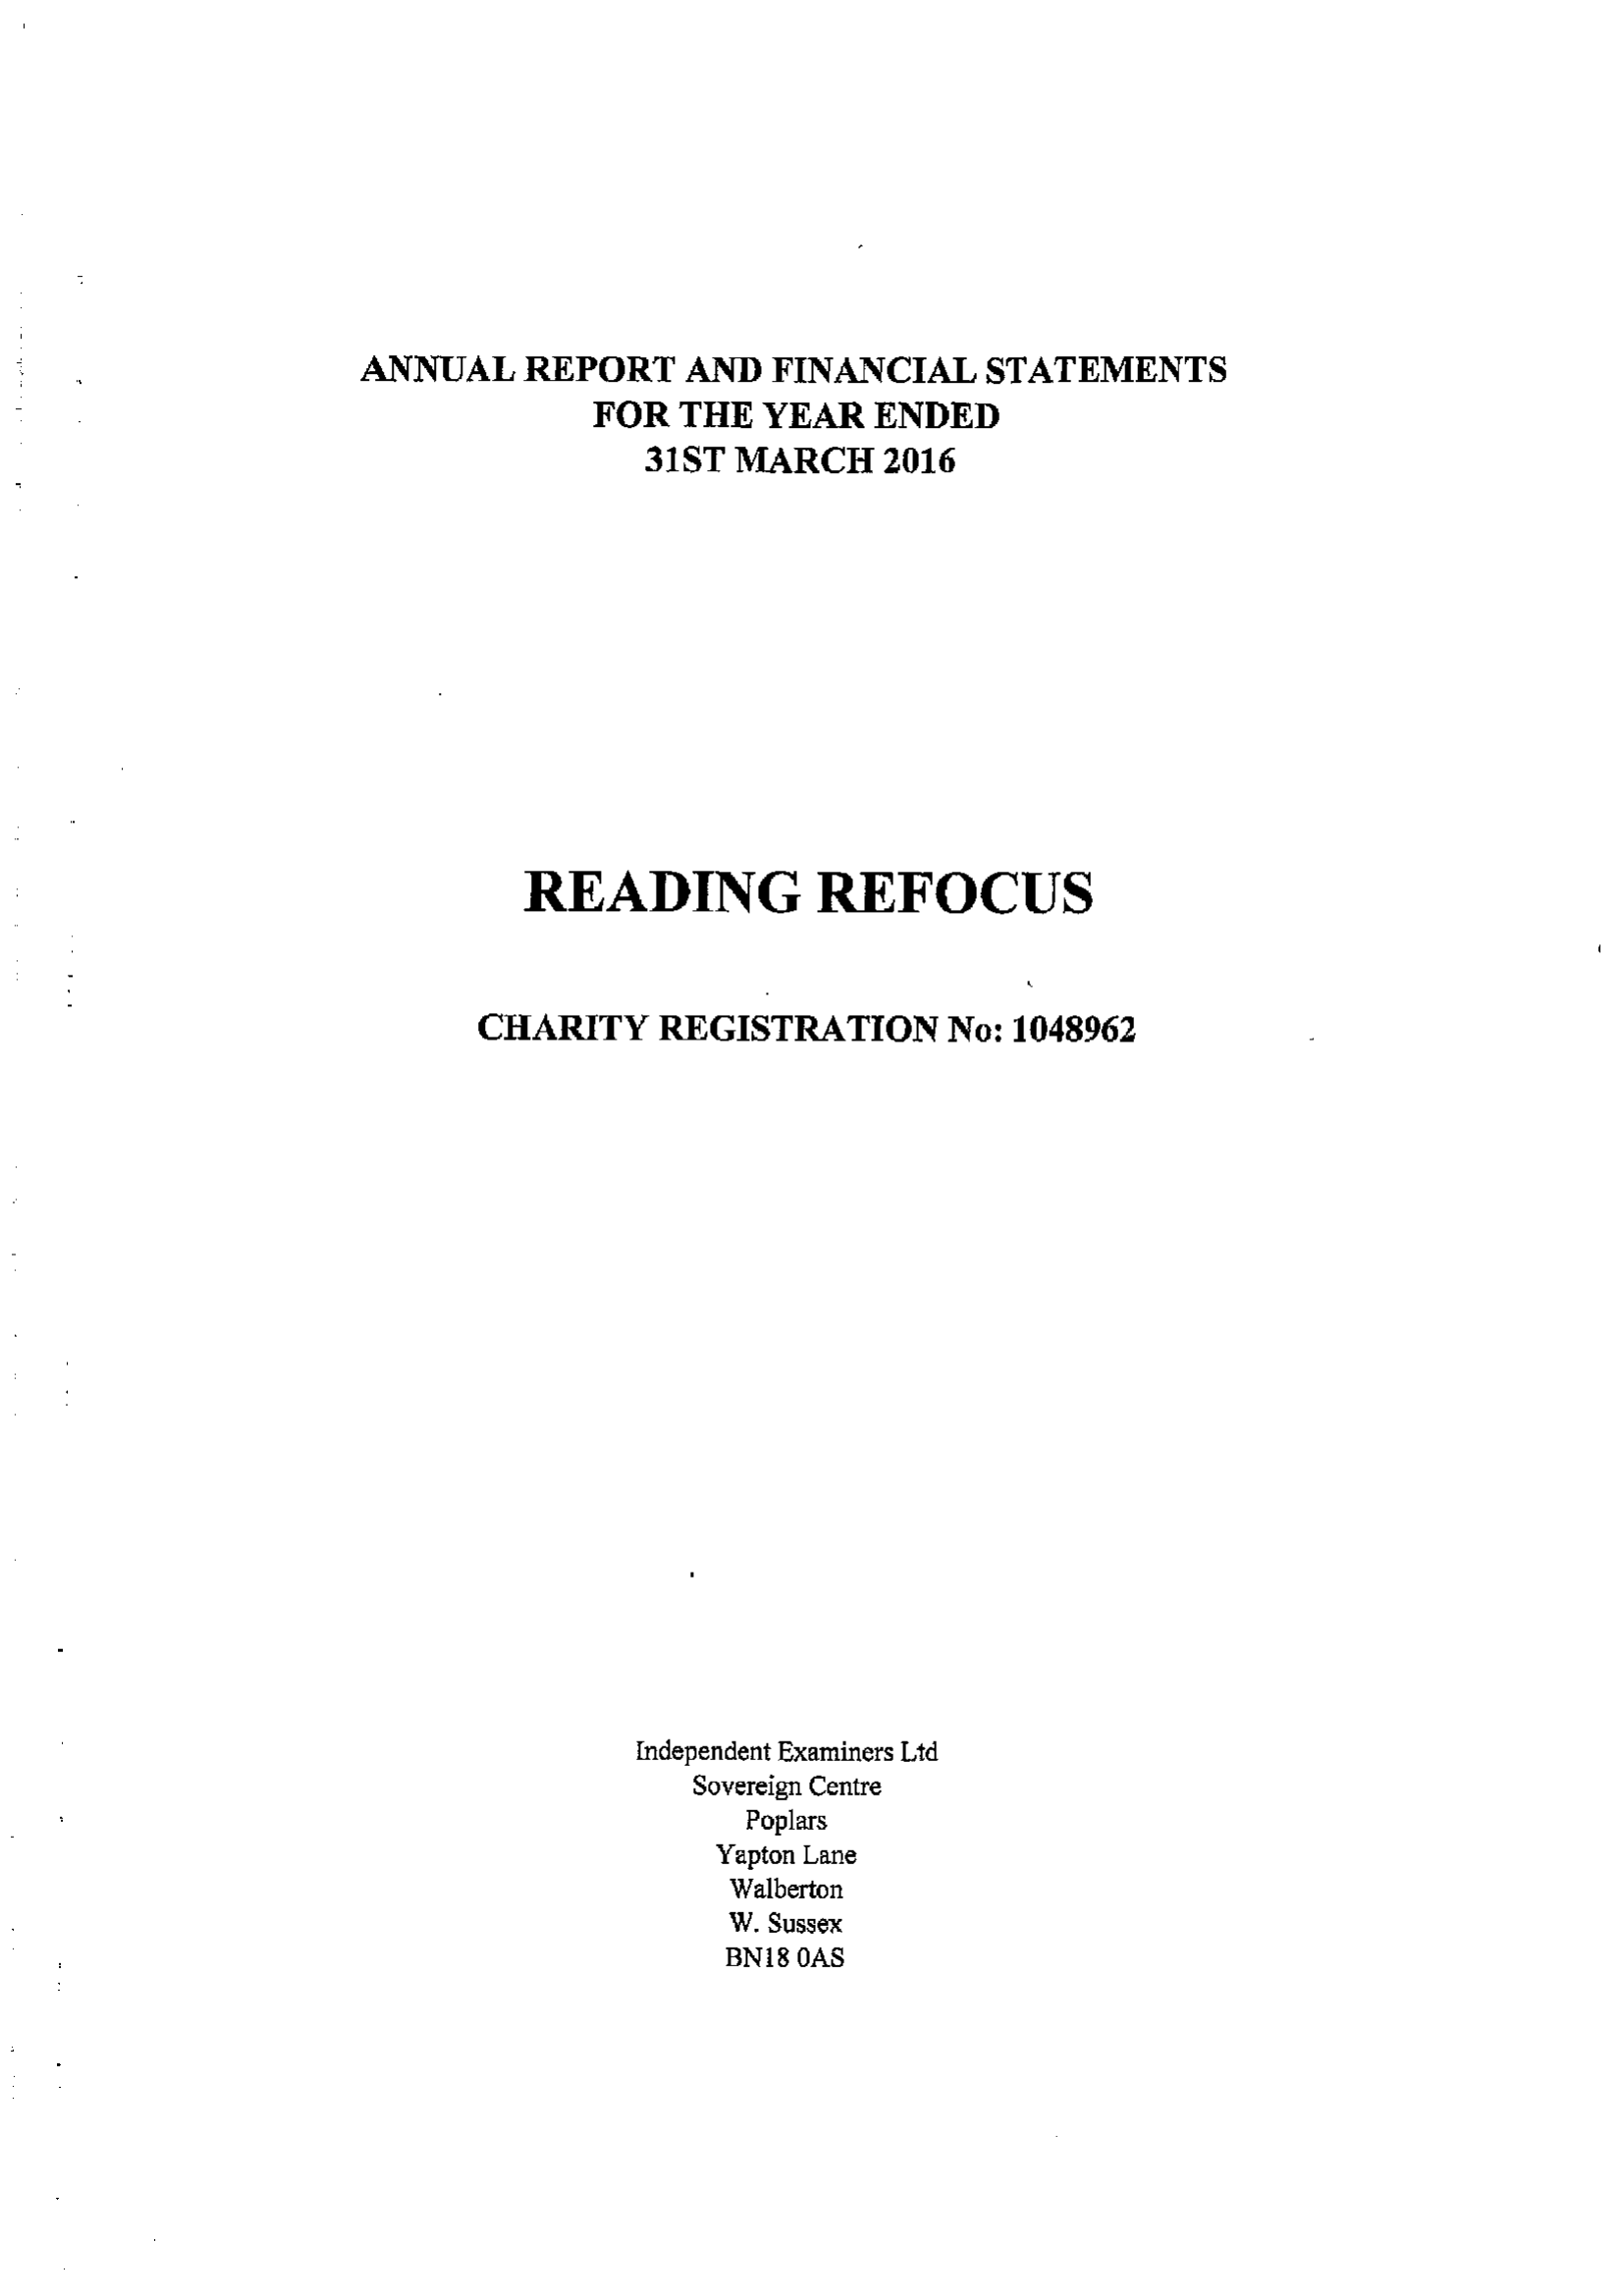
ANNUAL REPORT AND FINANCIAL STATEMENTS
     FOR THE YEAR ENDED
     31ST MARCH 2016
     READING    REFOCUS
     CHARITY REGISTRATION No: 1048962
     Independent Examiners Litd
     Sovereign Centre
     Poplars
     Yapton Lane
     Walberton
     W. Sussex
     BN1i8 0AS